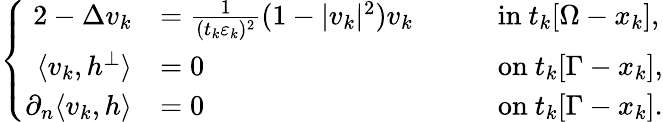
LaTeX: \left\{ \begin{array}{rlrl}{{2}-\Delta v_{k}}&{=\frac{1}{(t_{k}\varepsilon_{k})^{2}}(1-|v_{k}|^{2})v_{k}\quad}&&{\mathrm{in}\ t_{k}[\Omega-x_{k}],}\\ {\langle v_{k},h^{\perp}\rangle}&{=0\quad}&&{\mathrm{on}\ t_{k}[\Gamma-x_{k}],}\\ {\partial_{n}\langle v_{k},h\rangle}&{=0\quad}&&{\mathrm{on}\ t_{k}[\Gamma-x_{k}].}\end{array}\right.